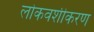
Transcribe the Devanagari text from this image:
लोकवशीकरण